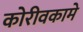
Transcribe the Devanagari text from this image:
कोरीवकामे